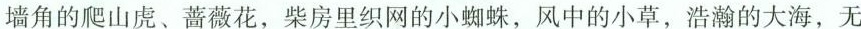
墙角的爬山虏、蔷薇花，柴房里织网的小蜘蛛，风中的小草，浩瀚的大海，无